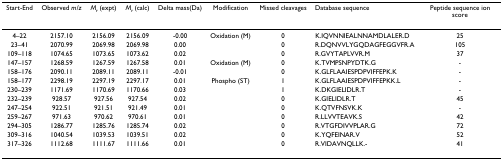
| Start-End | Observed m/z | Mr (expt) | Mr (calc) | Delta mass(Da) | Modification | Missed cleavages | Database sequence | Peptide sequence ion score |
 | --- | --- | --- | --- | --- | --- | --- | --- | --- |
 | 4–22 | 2157.10 | 2156.09 | 2156.09 | -0.00 | Oxidation (M) | 0 | K.IQVNNIEALNNAMDLALER.D | 25 |
 | 23–41 | 2070.99 | 2069.98 | 2069.98 | 0.00 |  | 0 | R.DQNVVLYGQDAGFEGGVFR.A | 105 |
 | 109–118 | 1074.65 | 1073.65 | 1073.62 | 0.02 |  | 0 | R.GVYTAPLVVR.M | 37 |
 | 147–157 | 1268.59 | 1267.59 | 1267.58 | 0.01 | Oxidation (M) | 0 | K.TVMPSNPYDTK.G | - |
 | 158–176 | 2090.11 | 2089.11 | 2089.11 | -0.01 |  | 0 | K.GLFLAAIESPDPVIFFEPK.K | - |
 | 158–177 | 2298.19 | 2297.19 | 2297.17 | 0.01 | Phospho (ST) | 1 | K.GLFLAAIESPDPVIFFEPKK.L | - |
 | 230–239 | 1171.69 | 1170.69 | 1170.66 | 0.03 |  | 1 | K.DKGIELIDLR.T | - |
 | 232–239 | 928.57 | 927.56 | 927.54 | 0.02 |  | 0 | K.GIELIDLR.T | 45 |
 | 247–254 | 922.51 | 921.51 | 921.49 | 0.01 |  | 0 | K.QTVFNSVK.K | - |
 | 259–267 | 971.63 | 970.62 | 970.61 | 0.01 |  | 0 | R.LLVVTEAVK.S | 42 |
 | 294–305 | 1286.77 | 1285.76 | 1285.74 | 0.02 |  | 0 | R.VTGFDIVVPLAR.G | 72 |
 | 309–316 | 1040.54 | 1039.53 | 1039.51 | 0.02 |  | 0 | K.YQFEINAR.V | 52 |
 | 317–326 | 1112.68 | 1111.67 | 1111.66 | 0.01 |  | 0 | R.VIDAVNQLLK.- | 41 |